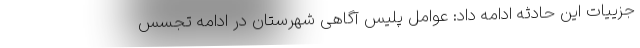
جزییات این حادثه ادامه داد: عوامل پلیس آگاهی شهرستان در ادامه تجسس